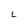
Character: L